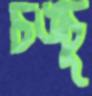
চঙ্চু